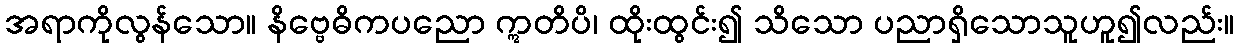
အရာကိုလွန်သော။ နိဗ္ဗေဓိကပညော ဣတိပိ၊ ထိုးထွင်း၍ သိသော ပညာရှိသောသူဟူ၍လည်း။